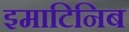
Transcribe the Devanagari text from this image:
इमाटिनिब